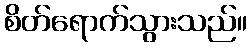
စိတ်ရောက်သွားသည်။